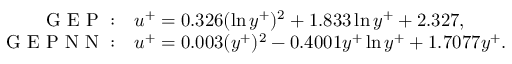
\begin{array} { r l } { \mathrm { ~ G ~ E ~ P ~ } : } & { { } u ^ { + } = 0 . 3 2 6 ( \ln y ^ { + } ) ^ { 2 } + 1 . 8 3 3 \ln y ^ { + } + 2 . 3 2 7 , } \\ { \mathrm { ~ G ~ E ~ P ~ N ~ N ~ } : } & { { } u ^ { + } = 0 . 0 0 3 ( y ^ { + } ) ^ { 2 } - 0 . 4 0 0 1 y ^ { + } \ln y ^ { + } + 1 . 7 0 7 7 y ^ { + } . } \end{array}